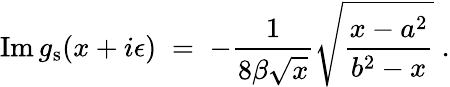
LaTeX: \mathrm{Im}\, g_{\mathrm{s}}(x+i\epsilon)\; =\; -{\frac{1}{8\beta\sqrt{x}}}\sqrt{{\frac{x-a^{2}}{b^{2}-x}}}\; .